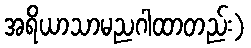
အရိယာသာမညဂါထာတည်း)